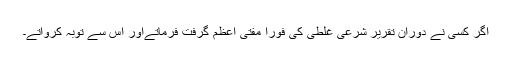
اگر کسی نے دوران تقریر شرعی غلطی کی فوراً مفتی اعظم گرفت فرماتےاور اس سے توبہ کرواتے۔